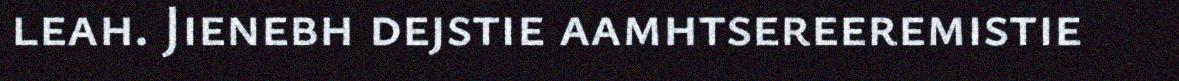
leah. Jienebh dejstie aamhtsereeremistie